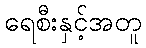
ရေစီးနှင့်အတူ